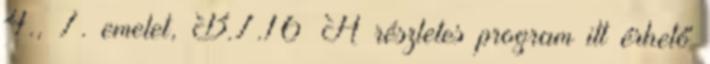
4., 7. emelet, B.7.16 A részletes program itt érhető